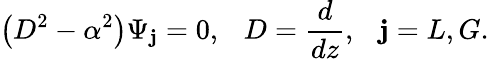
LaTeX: \left(D^{2}-\alpha^{2}\right)\Psi_{\mathbf{j}}=0,\, \, \, \ D={\frac{{d}}{{dz}}},\, \, \, \ \mathbf{j}=L,G.